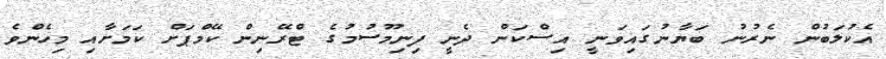
އެކުލަބުން ނެރުނު ބަޔާނުގައިވަނީ އިސްކަން ދެނީ ފިނިމޫސުމުގެ ޓްރޭނިން ކޭމްޕަށް ކަމަށާއި މިހެންވެ